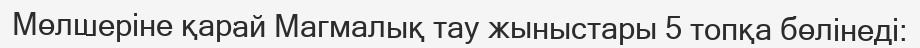
Мөлшеріне қарай Магмалық тау жыныстары 5 топқа бөлінеді: